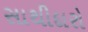
સાથીદારો